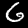
Label: 6